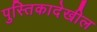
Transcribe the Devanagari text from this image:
पुस्तिकादेखील